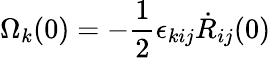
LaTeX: \Omega_{k}(0)=-\frac 12\epsilon_{kij}\dot{R}_{ij}(0)